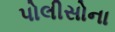
પોલીસોના